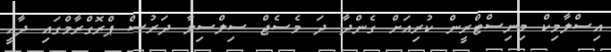
އިސްލާމިކް މިނިސްޓްރީން ކުރިއަށް ގެންދާ ދަ މެސެޖް ސިލްސިލާ ދަރުސް ޕްރޮގްރާމްގައި ދާއީ